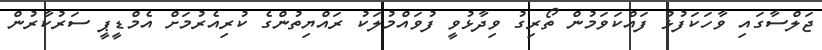
ޖަލްސާގައި ވާހަކަފުޅު ފައްކަވަމުން ތޯރިގު ވިދާޅުވީ ފުވައްމުލަކު ރައްޔިތުންގެ ކުރިއެރުމަށް އެމްޑީޕީ ސަރުކާރުން